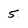
Character: 5